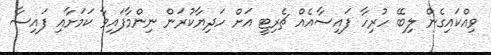
ވިއްކައިގެން ލިބޭ ހުރިހާ ފައިސާއެއް ޗެރިޓީ އަށް ހަދިޔާކުރަން ނިންމާފައިވާ ކަމަށާއި ފައިސާ